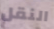
النقل